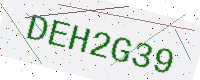
Text: DEH2G39